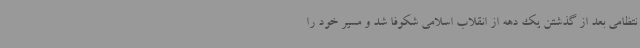
نتظامی بعد از گذشتن یک دهه از انقلاب اسلامی شکوفا شد و مسیر خود را